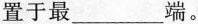
置于最___端。